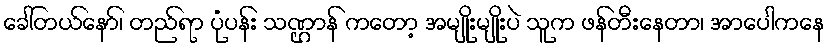
ခေါ်တယ်နော်၊ တည်ရာ ပုံပန်း သဏ္ဌာန် ကတော့ အမျိုးမျိုးပဲ သူက ဖန်တီးနေတာ၊ အာပေါကနေ